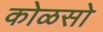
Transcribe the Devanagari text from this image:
कोळसो